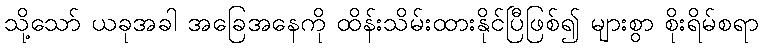
သို့သော် ယခုအခါ အခြေအနေကို ထိန်းသိမ်းထားနိုင်ပြီဖြစ်၍ များစွာ စိုးရိမ်စရာ